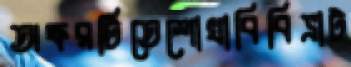
অক্ষরটিতেশোখাবিবিভ্রাট